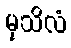
မုသိလံ